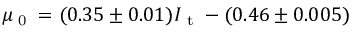
\mu _ { \scriptsize \textrm { 0 } } = ( 0 . 3 5 \pm 0 . 0 1 ) I { \scriptsize _ \textrm { t } } - ( 0 . 4 6 \pm 0 . 0 0 5 )